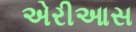
એરીઆસ